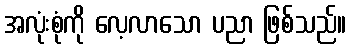
အလုံးစုံကို လေ့လာသော ပညာ ဖြစ်သည်။